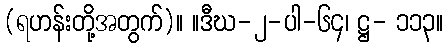
(ရဟန်းတို့အတွက်)။ ။ဒီဃ-၂-ပါ-၆၄၊ ဋ္ဌ- ၁၁၃။